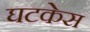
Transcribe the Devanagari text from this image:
घटकेस